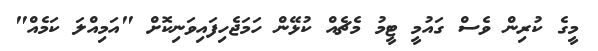
މީގެ ކުރިން ވެސް ގައުމީ ޓީމު މެޗެއް ކުޅޭން ހަމަޖެހިފައިވަނިކޮށް "އަމިއްލަ ކަމެއް"